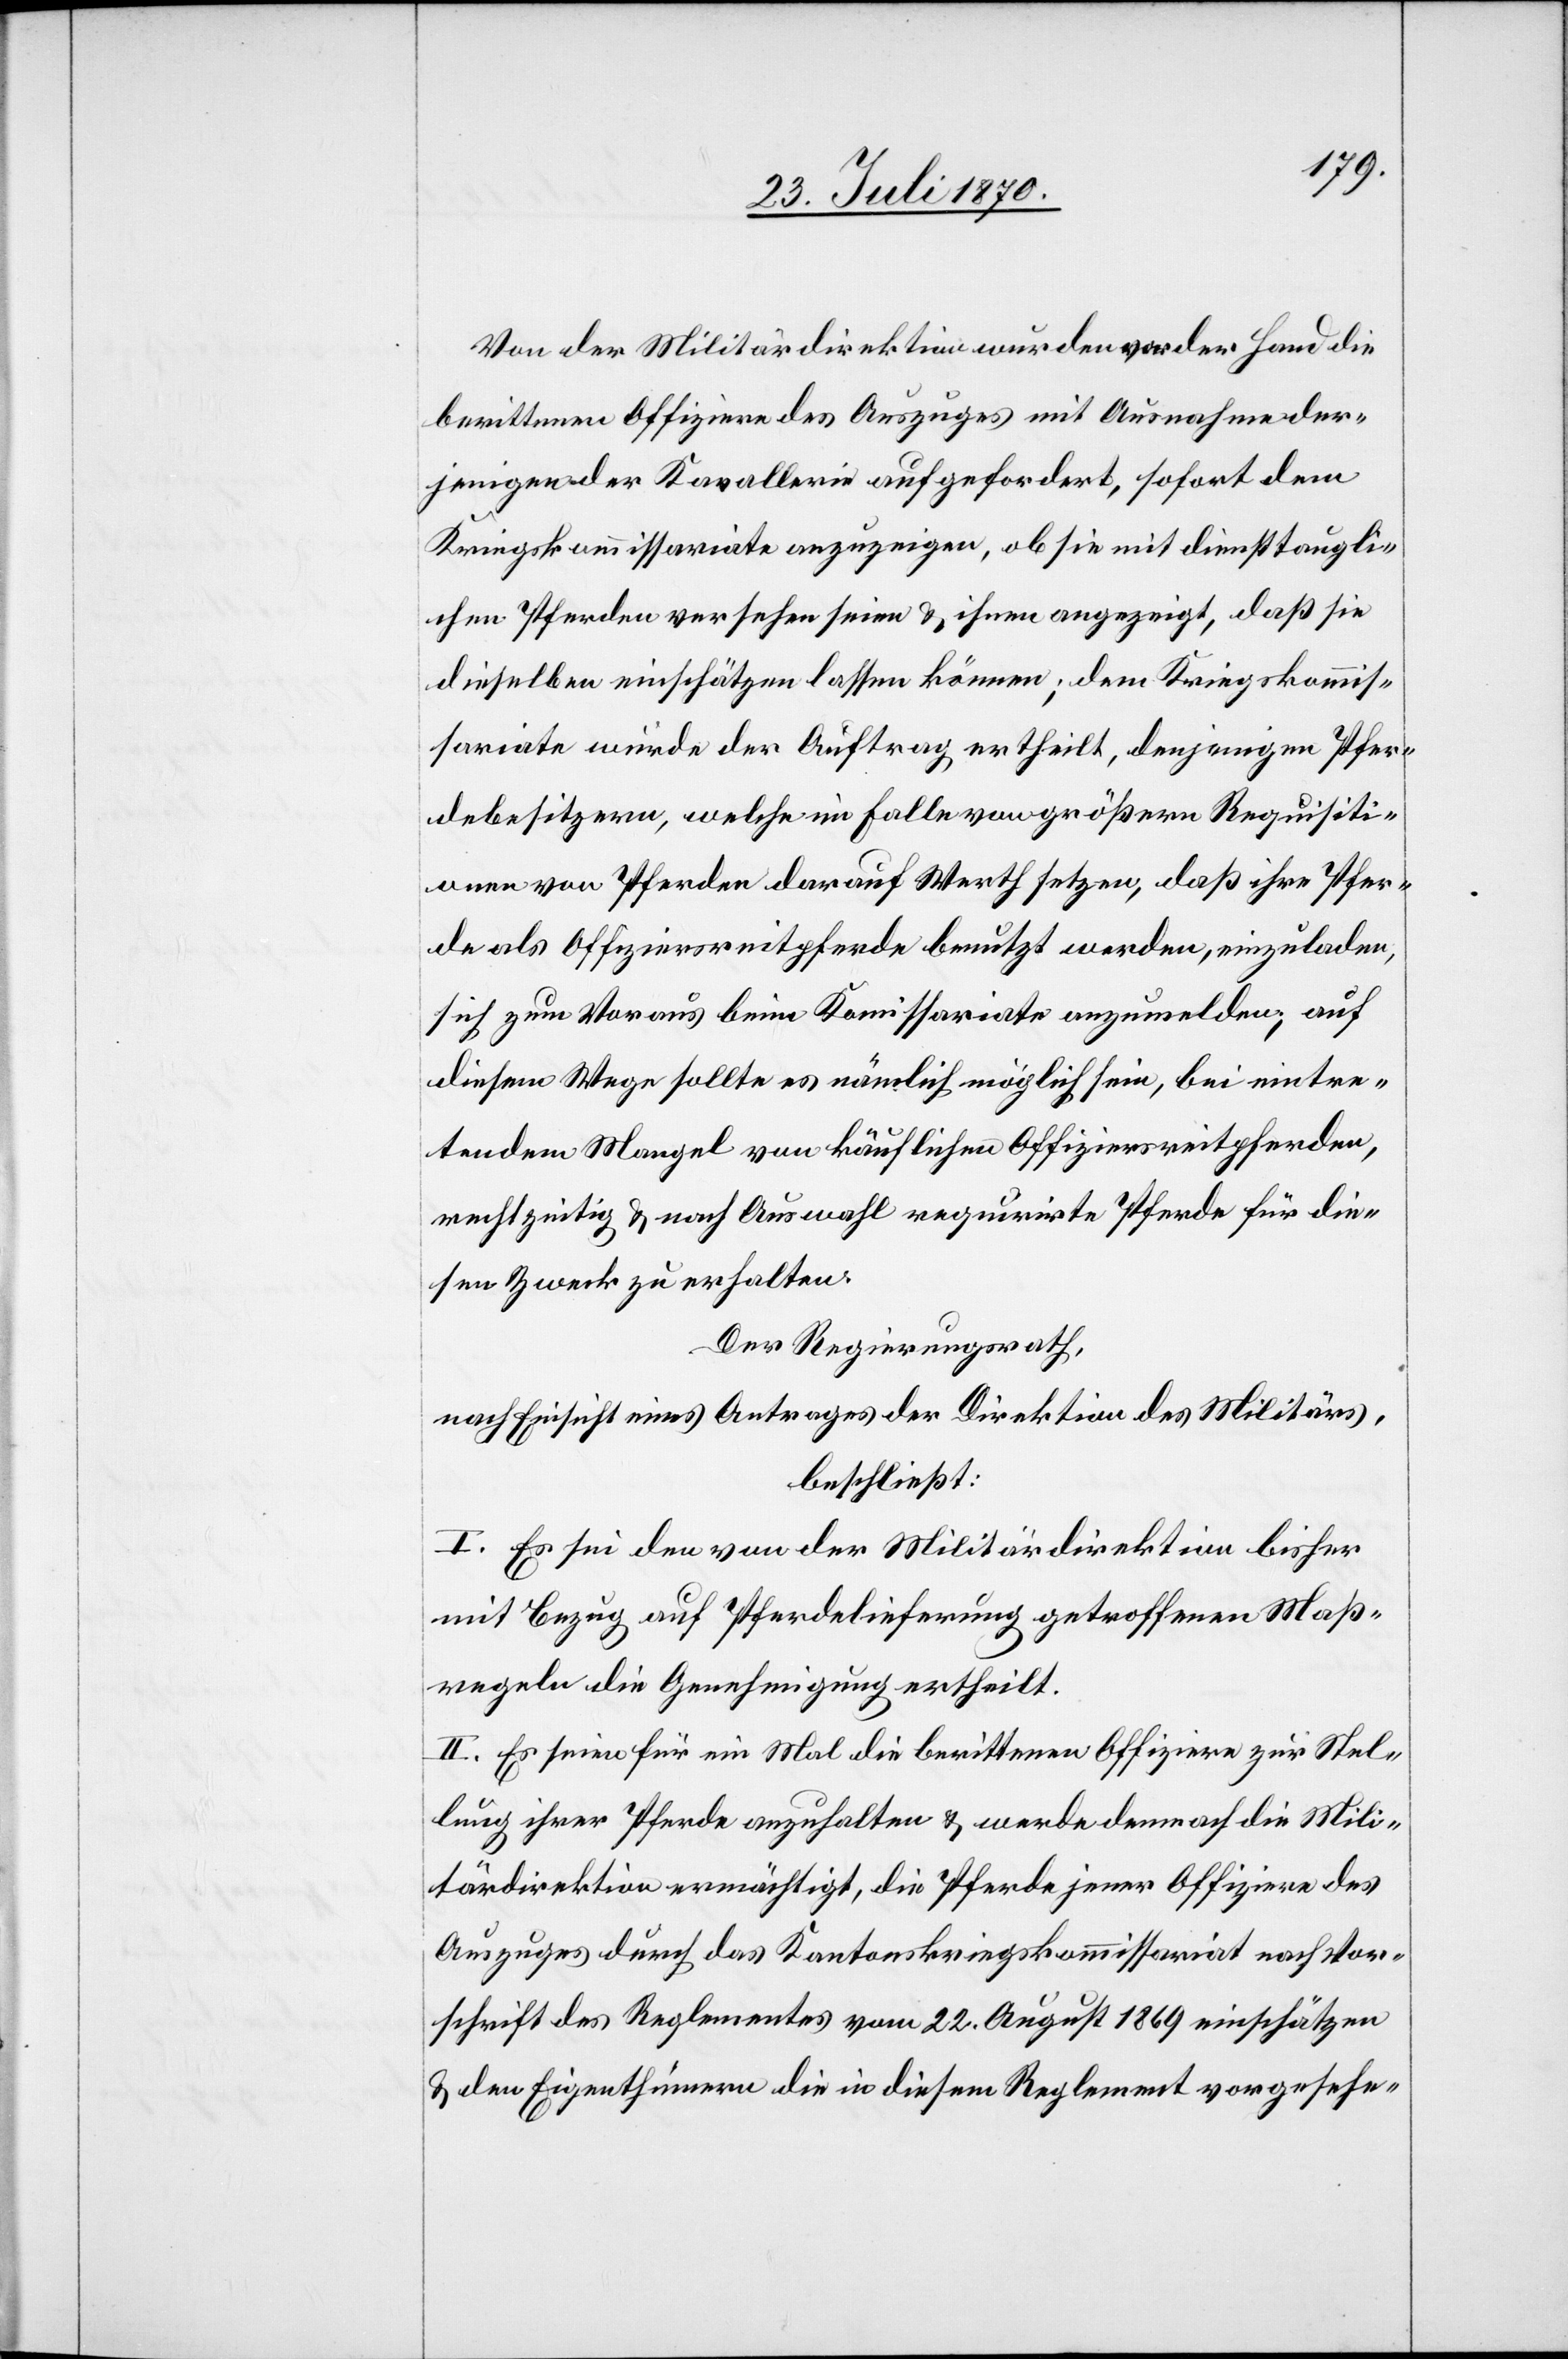
Von der Militärdirektion wurden vorder Hand die
berittenen Offiziere des Auszuges mit Ausnahme der¬
jenigen der Kavallerie aufgefordert, sofort dem
Kriegskommissariate anzuzeigen, ob sie mit diensttaugli¬
chen Pferden versehen seien & ihnen angezeigt, daß sie
dieselben einschätzen lassen können; dem Kriegskommis¬
sariate wurde der Auftrag ertheilt, denjenigen Pfer¬
debesitzern, welche im Falle von größern Requisiti¬
onen von Pferden darauf Werth setzen, daß ihre Pfer¬
de als Offiziersreitpferde benutzt werden, einzuladen,
sich zum Voraus beim Kommissariate anzumelden; auf
diesem Wege sollte es nämlich möglich sein, bei eintre¬
tendem Mangel von käuflichen Offiziersreitpferden,
rechtzeitig & nach Auswahl requirirte Pferde für die¬
sen Zweck zu erhalten.
Der Regierungsrath,
nach Einsicht eines Antrages der Direktion des Militärs,
beschließt:
I. Es sei den von der Militärdirektion bisher
mit Bezug auf Pferdelieferung getroffenen Maß¬
regeln die Genehmigung ertheilt.
II. Es seien für ein Mal die berittenen Offiziere zur Stel¬
lung ihrer Pferde anzuhalten & werde demnach die Mili¬
tärdirektion ermächtigt, die Pferde jener Offiziere des
Auszuges durch das Kantonskriegskommissariat nach Vor¬
schrift des Reglementes vom 22. August 1869 einzuschätzen
& den Eigenthümern die in diesem Reglement vorgesehe-